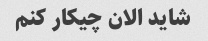
شاید الان چیکار کنم